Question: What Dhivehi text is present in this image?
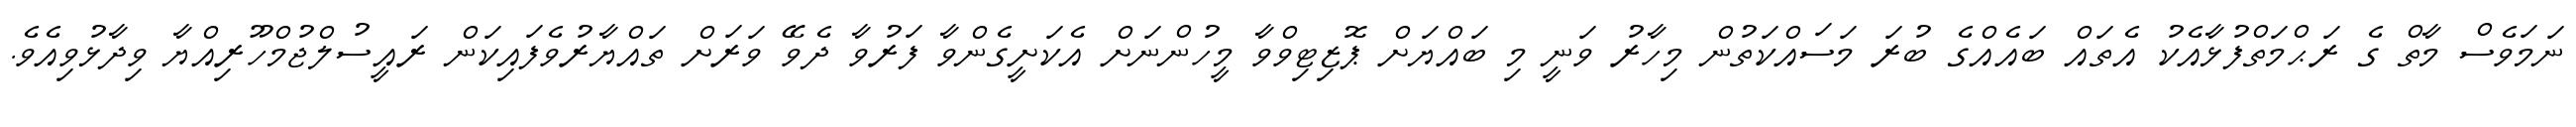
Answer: ނަމަވެސް މާތް ގެ ރަޙްމަތްފުޅާއެކު އެތައް ބައެއްގެ ބުރަ މަސައްކަތުން މިހާރު ވަނީ މި ބައްޔަށް ޕޮޒިޓިވްވާ މީހުންނަށް އެކަށީގެންވާ ފަރުވާ ދެވޭ ވަރަށް ތައްޔާރުވެފައިކަން ރައީސުލްޖުމްހޫރިއްޔާ ވިދާޅުވިއެވެ.